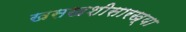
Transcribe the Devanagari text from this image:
खसखशीसारख्या